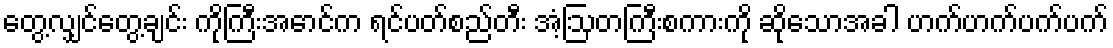
တွေ့လျှင်တွေ့ချင်း ကိုကြီးအောင်က ရင်ပတ်စည်တီး အံ့ဩတကြီးစကားကို ဆိုသောအခါ ဟက်ဟက်ပက်ပက်